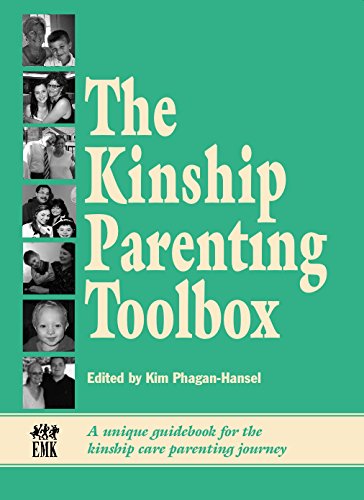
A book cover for The Kinship Parenting Toolbox; Kim Phagan-Hansel; Parenting & Relationships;